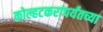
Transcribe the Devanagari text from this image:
कोल्हटकरांपर्यंतच्या